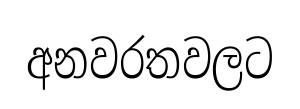
අනවරතවලට